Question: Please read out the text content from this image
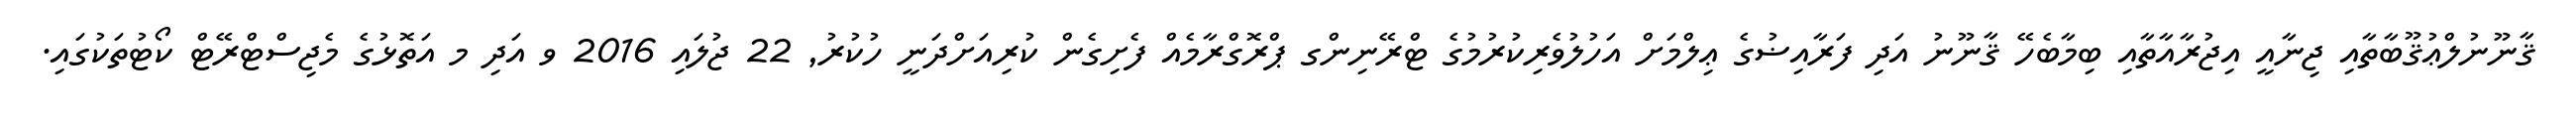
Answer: ޤާނޫނުލްޢުޤޫބާތާއި ޖިނާއީ އިޖުރާއާތާއި ބިމާބެހޭ ޤާނޫނު އަދި ފަރާއިޟުގެ ޢިލްމަށް އަހުލުވެރިކުރުމުގެ ޓްރޭނިންގ ޕްރޮގްރާމެއް ފެށިގެން ކުރިއަށްދަނީ ހުކުރު, 22 ޖުލައި 2016 ވ އަދި މ އަތޮޅުގެ މެޖިސްޓްރޭޓް ކޯޓުތަކުގައި.